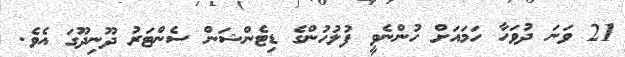
21 ވަނަ ދުވަހާ ހަމައަށް ހުންނެވީ ފުލުހުންގެ ޑިޓެންޝަން ސެންޓަރު ދޫނިދޫގަ އެވެ.